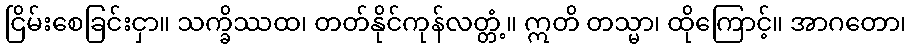
ငြိမ်းစေခြင်းငှာ။ သက္ခိဿထ၊ တတ်နိုင်ကုန်လတ္တံ့။ ဣတိ တသ္မာ၊ ထိုကြောင့်။ အာဂတော၊